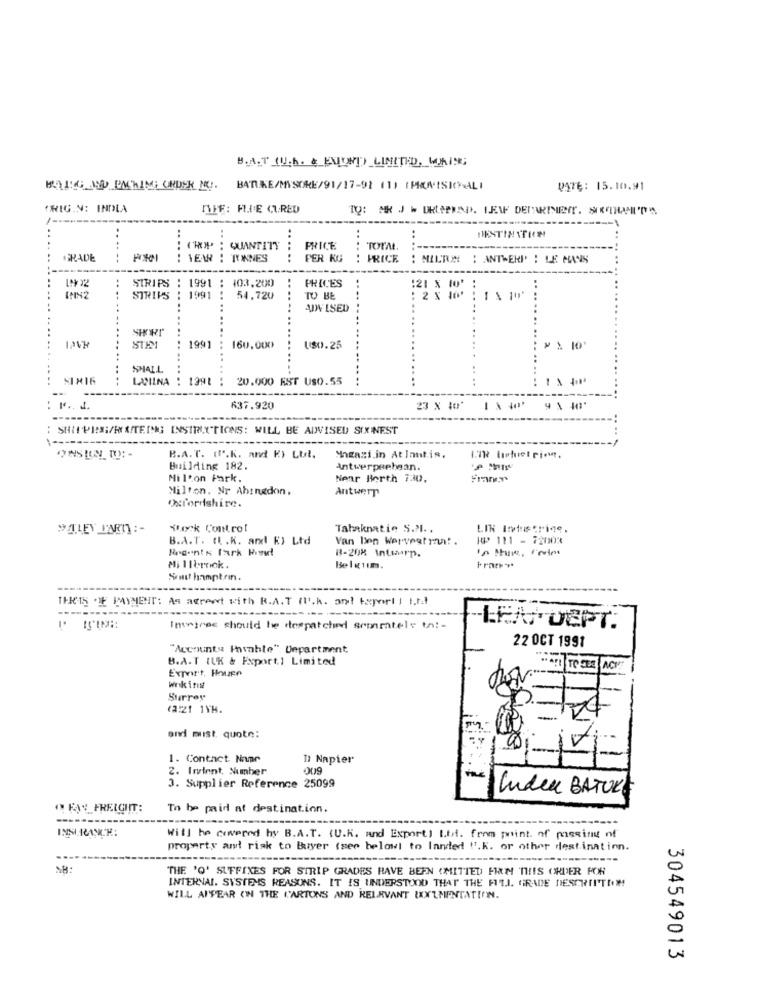
B. A.T (U. h. & ENUND) LIMITED, WORIN;
BATIKE/MYSORE/91/17-92 (1) (MINISICHALI
DATE: 15.10.91
TRIG.N: INDLA
DEF: FLIE CURED
QUANTITY
PRICE
....
TOTAL.
GRADE
......
WEAR : TYWNES
....
PER KG
PRICE
MILAN
: ANTWERP' : LE MANS
1991
103.200
PRICES
STRIPS
:21 % {0'
STRIPS
1491
54,720
TO BE
ADVISED
SHORI
STEM
1941
160,000
US0.25
SHALL
LAMINA
20.000 EST USO.55
-
-
637.920
23 X 1 11 4 \
: SHIPRESI/HATEING INSTRUCTIONS: WILL BE ADVISED SIXNEST
1 -----
B.A.T. ("".K. and K) Lul.
Magazi.in Atlantis.
Building 182.
Antwerpsehean.
Mil'on Park.
Near Borth i30.
Milton. Nr Abingdon,
Antwerp
Oxfordshire.
Stock Control
Tabaknatie S.Pl. .
LIN Intustrine.
B.A.T. ( .K. and R) Ltd
Van Ben Wervest rui! .
1@ 111 - 72003
B-208 Intiairp.
Mi IIbrick.
Belgium.
Frac ***
Somit hamptrin.
THETS OF PAYMENT: AS agreedt with R.A.T (l'.k. and tsport ] I.r.t
----- --------
-----
Invoices should be despatched semetels to :-
-LENTOEPT.
22 OCT 1991
"Accounts Payable" Department,
B.A.T ILK & Export.] Limited
Expert, Houzen
TO CEE ACK
Wrik inst
Surrey
(2:21 1YH.
sivi must quote:
1. Contact Name
11 Napier
2. Iminnt, Number
009
3. Supplier Reference 25099
Luden BATUKE
O FAY FREIGHT:
To be paid af destination.
---
Will be covered hy B.A.T. (U.K. and Export) Luf. from point. of massing of
property and risk to Buyer (see below! to landed !'.K. or other destination.
------
"THE 'O' SUFFIXES FOR STRIP GRADES HAVE BEEN (MITTED FIRM THIS ORDER POR
INTERNAL. SYSTEMS REASONS. IT IS UNDERSTOOD THAT THE FILI. GRADE DESCRITTI !!
WILL APPEAR ON THE CARTONS AND RELEVANT IXXLMENTATION.
304549013